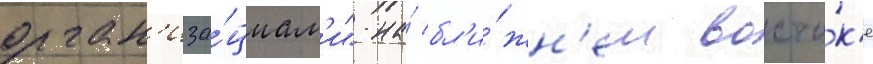
орган'иза́циам'и" на́ бл'и́жн'ем восто́к'е